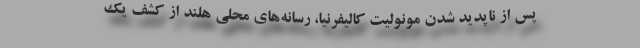
پس از ناپدید شدن مونولیت کالیفرنیا، رسانه‌های محلی هلند از کشف یک